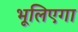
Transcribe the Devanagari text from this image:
भूलिएगा